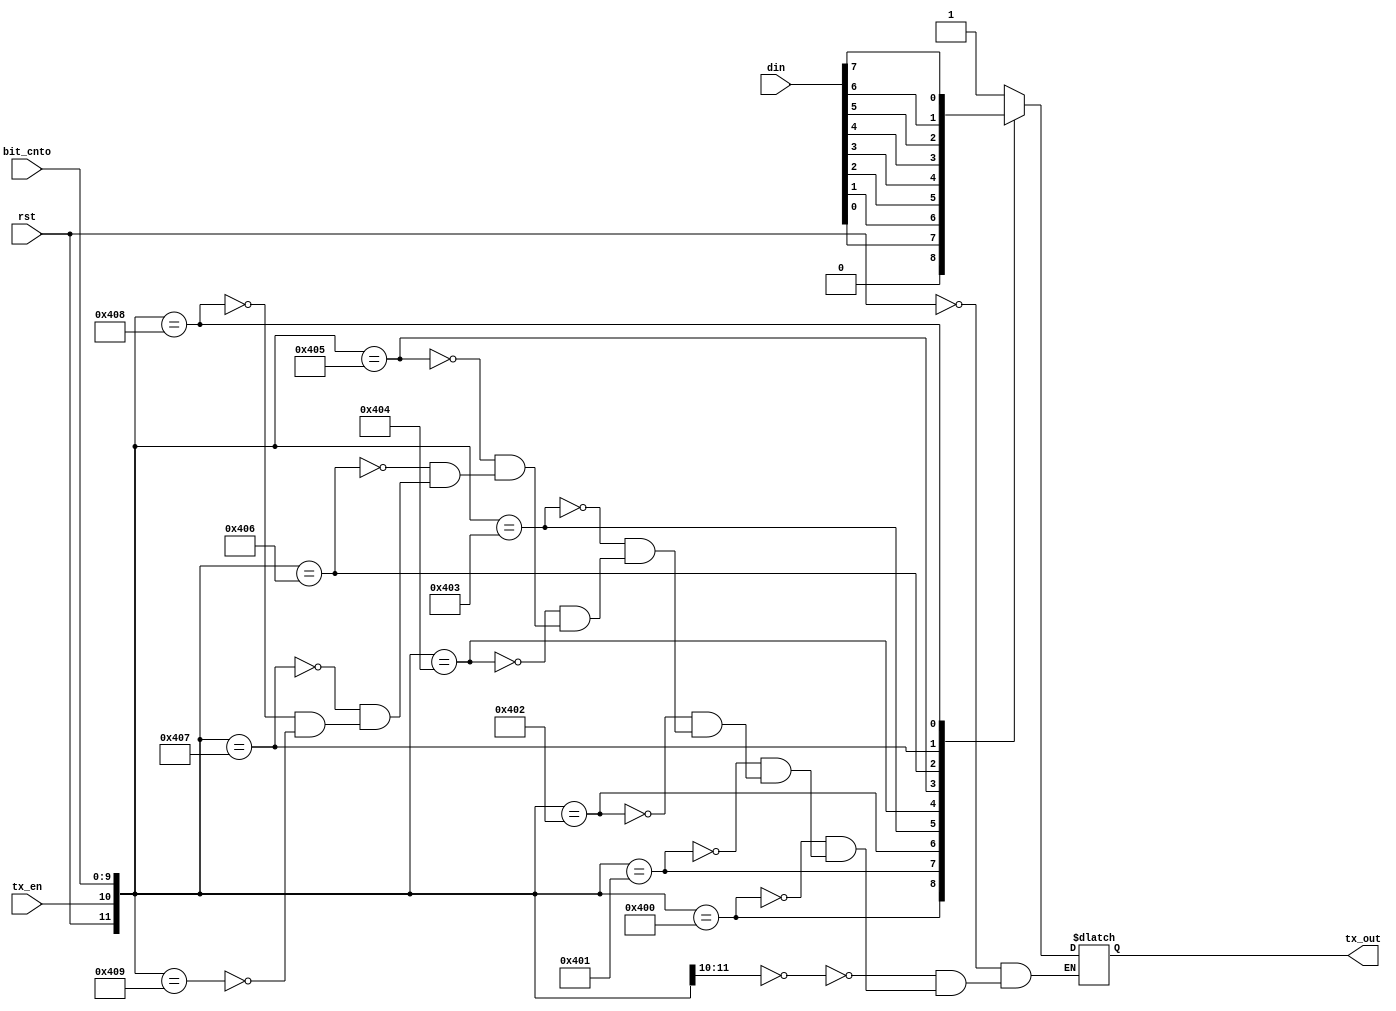
module tx_dp
(
	input wire			rst,
	input wire			tx_en,
	input wire [7:0]  din,
	input wire [9:0]  bit_cnto,

	output reg tx_out
);

always @ *
begin

	casex ({rst, tx_en, bit_cnto})
	
	{1'b1, 1'bx, 10'dx}: tx_out = 1'b1;	// reset control
	
	{1'b0, 1'b0, 10'dx}: tx_out = 1'b1;	// No tx
	
	{1'b0, 1'b1, 10'd0}: tx_out = 1'b0;	// TX start
	{1'b0, 1'b1, 10'd1}: tx_out = din[0];
	{1'b0, 1'b1, 10'd2}: tx_out = din[1];
	{1'b0, 1'b1, 10'd3}: tx_out = din[2];
	{1'b0, 1'b1, 10'd4}: tx_out = din[3];
	{1'b0, 1'b1, 10'd5}: tx_out = din[4];
	{1'b0, 1'b1, 10'd6}: tx_out = din[5];
	{1'b0, 1'b1, 10'd7}: tx_out = din[6];
	{1'b0, 1'b1, 10'd8}: tx_out = din[7];
	{1'b0, 1'b1, 10'd9}: tx_out = 1'b1;	// TX end
	
	endcase
end

endmodule